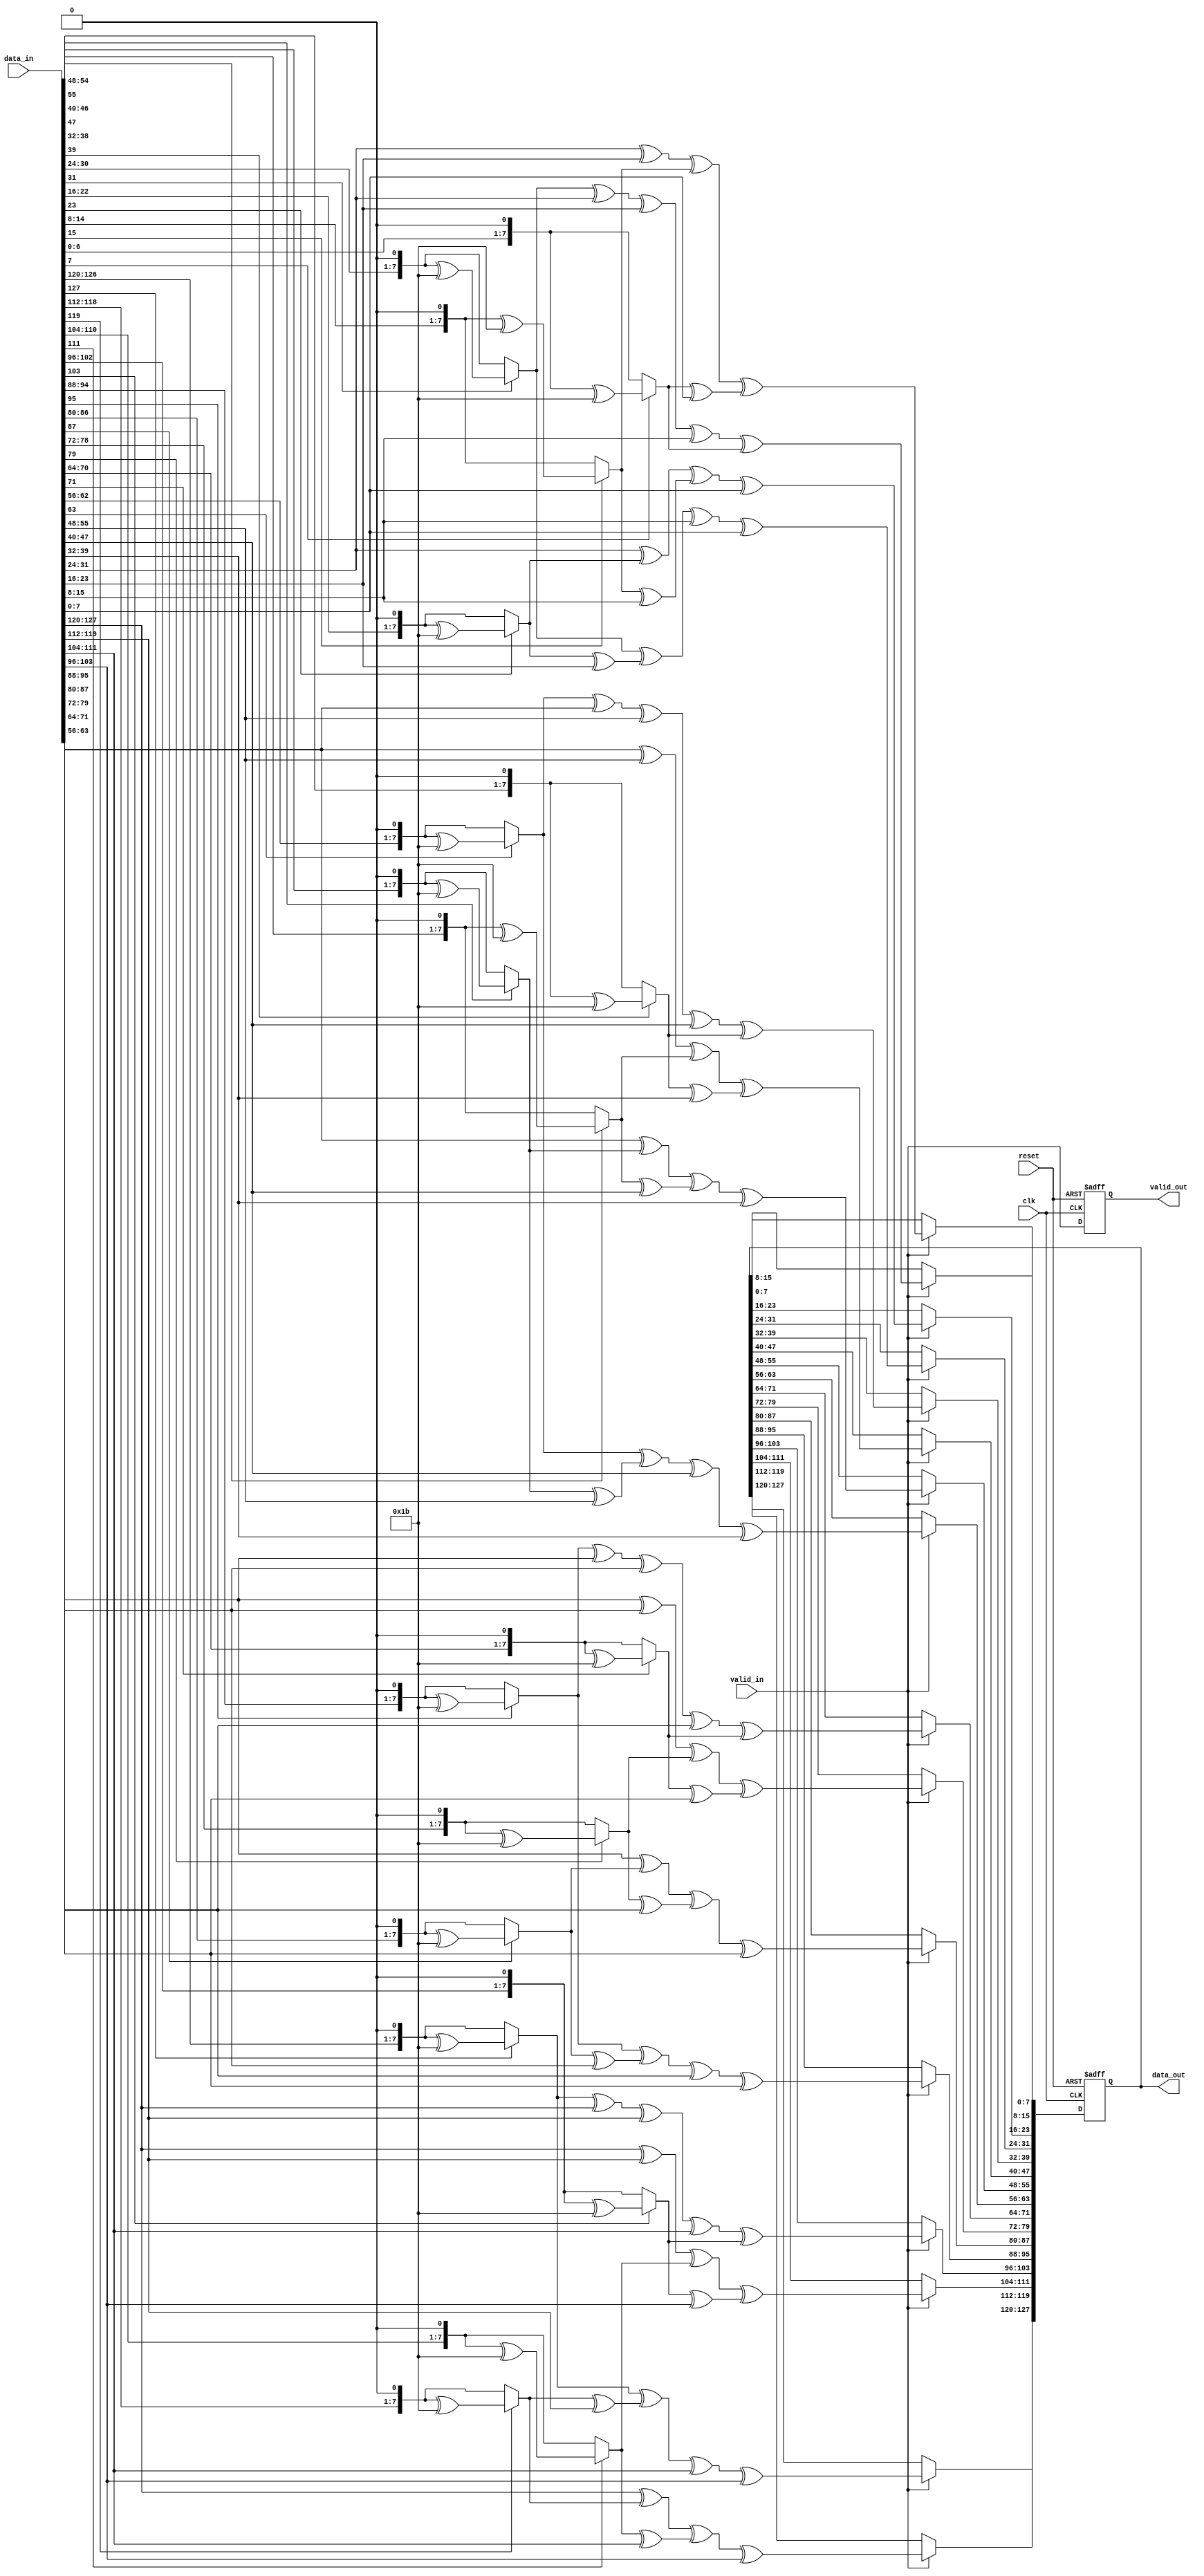
/*
Project        : AES
Standard doc.  : FIPS 197
Module name    : MixColumns block
Dependancy     :
Design doc.    : 
References     : 
Description    : This Module is used to perform Mix Columns calculations
                 as declared in standard document
Owner          : Amr Salah
*/

`timescale 1 ns/1 ps

module MixColumns
#
(
parameter DATA_W = 128             //data width
)
(
input clk,                         //system clock
input reset,                       //asynch active low reset
input valid_in,                    //input valid signal   
input [DATA_W-1:0] data_in,        //input data
output reg valid_out,              //output valid signal
output reg [DATA_W-1:0] data_out   //output data
)
;

wire [7:0] State [0:15];        //array of wires to form state array
wire [7:0] State_Mulx2 [0:15];  //array of wires to perform multiplication by 02
wire [7:0] State_Mulx3 [0:15];  //array of wires to perform multiplication by 03

genvar i ;                                   
generate 
for(i=0;i<=15;i=i+1) begin :MUL
 assign State[i]= data_in[(((15-i)*8)+7):((15-i)*8)];   // filling state array as each row represents one byte ex: state[0] means first byte and so on
 assign State_Mulx2[i]= (State[i][7])?((State[i]<<1) ^ 8'h1b):(State[i]<<1);  //Multiplication by {02} in finite field is done shifting 1 bit lift                                                                               //and xoring with 1b if the most bit =1
 assign State_Mulx3[i]= (State_Mulx2[i])^State[i];  // Multiply by {03} in finite field can be done as multiplication by {02 xor 01}
end   
endgenerate 


always@(posedge clk or negedge reset)
if(!reset)begin
    valid_out <= 1'b0;
    data_out <= 'b0;
end else begin 
   if(valid_in) begin               //mul by 2 and mul by 3 are used to perform matrix multiplication  for each column
    data_out[(15*8)+7:(15*8)]<=  State_Mulx2[0] ^ State_Mulx3[1] ^ State[2] ^ State[3];   //first column
    data_out[(14*8)+7:(14*8)]<= State[0] ^ State_Mulx2[1] ^ State_Mulx3[2] ^ State[3]; 
    data_out[(13*8)+7:(13*8)]<= State[0] ^ State[1] ^ State_Mulx2[2] ^ State_Mulx3[3]; 
    data_out[(12*8)+7:(12*8)]<= State_Mulx3[0] ^ State[1] ^ State[2] ^ State_Mulx2[3];
    /*********************************************************************************/
    data_out[(11*8)+7:(11*8)]<= State_Mulx2[4] ^ State_Mulx3[5] ^ State[6] ^ State[7];   //second column
    data_out[(10*8)+7:(10*8)]<= State[4] ^ State_Mulx2[5] ^ State_Mulx3[6] ^ State[7]; 
    data_out[(9*8)+7:(9*8)] <=  State[4] ^ State[5] ^ State_Mulx2[6] ^ State_Mulx3[7]; 
    data_out[(8*8)+7:(8*8)]<= State_Mulx3[4] ^ State[5] ^ State[6] ^ State_Mulx2[7];
    /**********************************************************************************/
    data_out[(7*8)+7:(7*8)]<= State_Mulx2[8] ^ State_Mulx3[9] ^ State[10] ^ State[11];   //third column
    data_out[(6*8)+7:(6*8)]<= State[8] ^ State_Mulx2[9] ^ State_Mulx3[10] ^ State[11]; 
    data_out[(5*8)+7:(5*8)]<= State[8] ^ State[9] ^ State_Mulx2[10] ^ State_Mulx3[11]; 
    data_out[(4*8)+7:(4*8)]<= State_Mulx3[8] ^ State[9] ^ State[10] ^ State_Mulx2[11];
    /***********************************************************************************/ 
    data_out[(3*8)+7:(3*8)]<= State_Mulx2[12] ^ State_Mulx3[13] ^ State[14] ^ State[15];  //fourth column
    data_out[(2*8)+7:(2*8)]<= State[12] ^ State_Mulx2[13] ^ State_Mulx3[14] ^ State[15]; 
    data_out[(1*8)+7:(1*8)]<= State[12] ^ State[13] ^ State_Mulx2[14] ^ State_Mulx3[15]; 
    data_out[(0*8)+7:(0*8)]<= State_Mulx3[12] ^ State[13] ^ State[14] ^ State_Mulx2[15];
   end
   valid_out <= valid_in;                          
end
endmodule